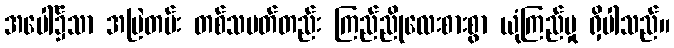
အပေါ်၌သာ အမြဲတမ်း တစ်သမတ်တည်း ကြည်ညိုလေးစားစွာ ယုံကြည်မှု ရှိပါသည်။